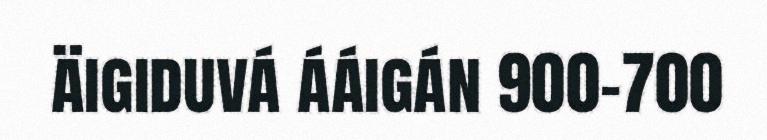
äigiduvá ááigán 900-700